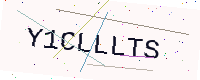
Text: Y1CLLLTS